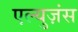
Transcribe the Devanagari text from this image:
एल्युज़ंस